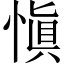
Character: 愼